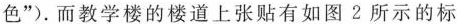
色”).而教学楼的楼道上张贴有如图2所示的标